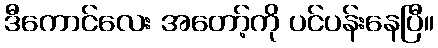
ဒီကောင်လေး အတော့်ကို ပင်ပန်းနေပြီ။